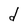
Character: d